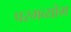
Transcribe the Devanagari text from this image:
परमव्योम